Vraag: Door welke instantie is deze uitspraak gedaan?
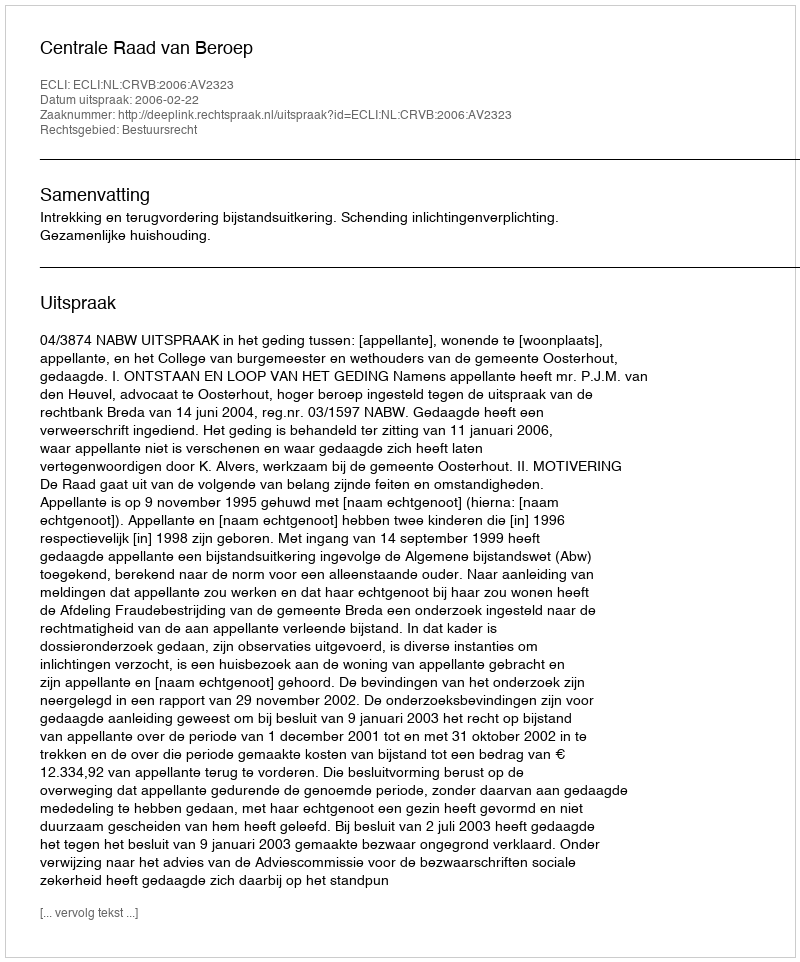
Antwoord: Centrale Raad van Beroep